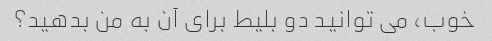
خوب، می توانید دو بلیط برای آن به من بدهید؟